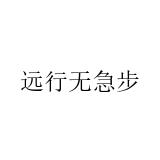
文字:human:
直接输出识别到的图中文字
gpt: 远行无急步